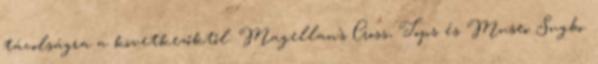
távolságra a következőktől: Magellan's Cross, Tops és Museo Sugbo.